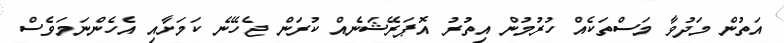
އަތުން މަދުވާ މަސްތަކެއް ހުރުމުން އިތުރު އޮޕަރޭޝަނެއް ކުރަން ޖެހޭނެ ކަމަށާއި އެހެންނަމަވެސް